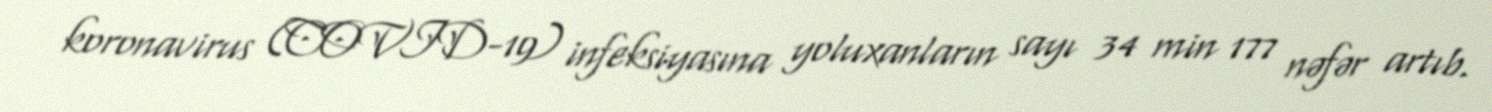
koronavirus (COVID-19) infeksiyasına yoluxanların sayı 34 min 177 nəfər artıb.